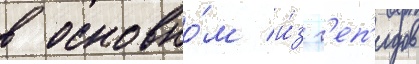
в основно́м и́з г'еп'идов